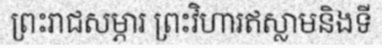
ព្រះរាជសម្ភារ ព្រះវិហារឥស្លាមនិងទី